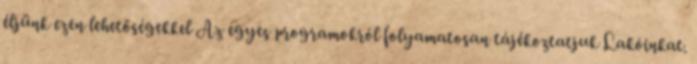
éljünk ezen lehetőségekkel Az egyes programokról folyamatosan tájékoztatjuk Lakóinkat.